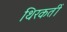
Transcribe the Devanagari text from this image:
थिरकतीं